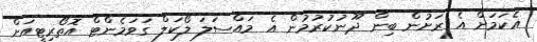
އެކަމަށް އެ ރަށުން ބިން ދޫނުކުރުމުން އެ މައްސަލަ ލޯކަލް ގަވަމެންޓް އޮތޯރިޓީއަށް